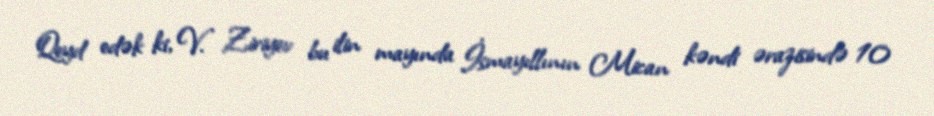
Qeyd edək ki, V. Ziriyev bu ilin mayında İsmayıllının Mican kəndi ərazisində 10